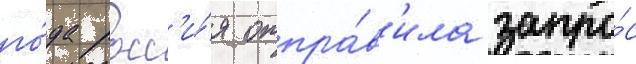
го́да росс'и́я отпра́в'ила запро́с